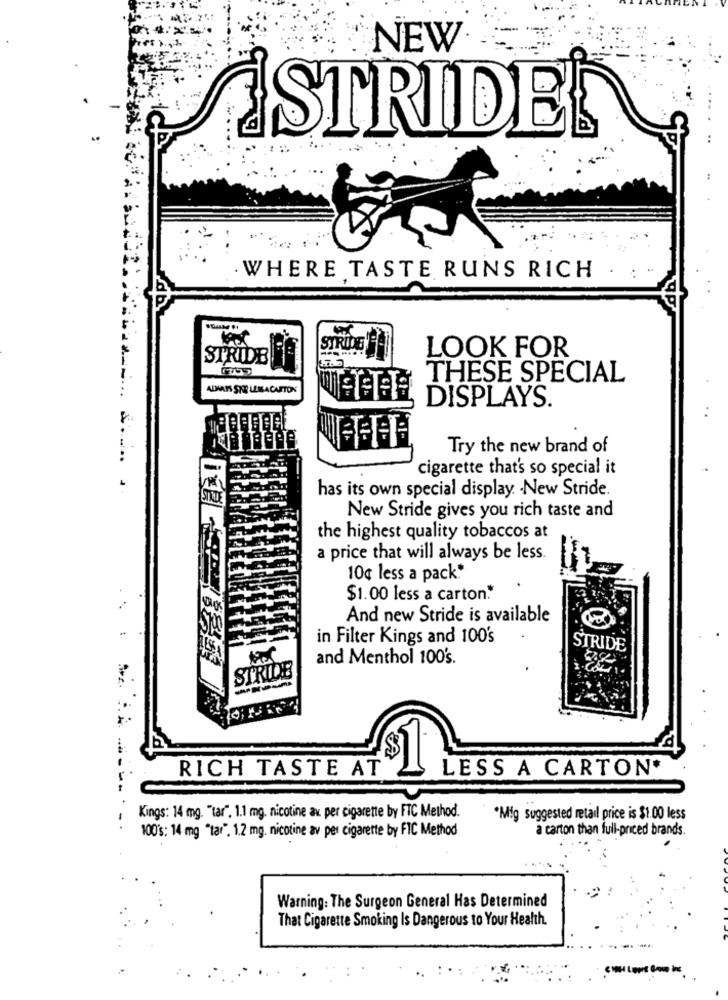
NEW
..
STRIDE'S
WHERE TASTE RUNS RICH
STRIDE
LOOK FOR
STRIDB
THESE SPECIAL
ALWAYS SKE LEMACARTON
DISPLAYS.
Try the new brand of
cigarette that's so special it
has its own special display. . New Stride.
STADE
New Stride gives you rich taste and
the highest quality tobaccos at
a price that will always be less.
10¢ less a pack*
$1.00 less a carton."
And new Stride is available
in Filter Kings and 100's
STRIDE
and Menthol 100's.
STRIDE
RICH TASTE AT
$1
LESS A CARTON*
------
Kings: 14 mg. "tar", 1.1 mg. nicotine av per cigarette by FTC Method.
·Mig suggested retail price is $1.00 less
100's: 14 mg "tar", 1.2 mg. nicotine av per cigarette by FIC Method
a carton than full-priced brands.
Warning: The Surgeon General Has Determined
That Cigarette Smoking Is Dangerous to Your Health.